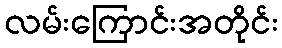
လမ်းကြောင်းအတိုင်း